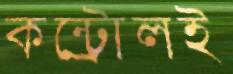
কন্ট্রোলই